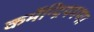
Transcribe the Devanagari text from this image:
कर्मेन्द्रियगणा